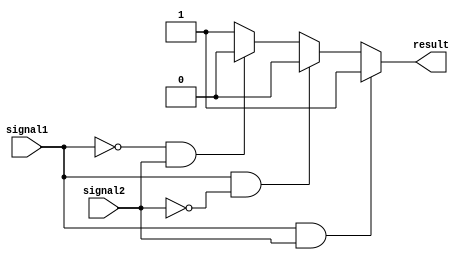
module ConditionalBehavior (
    input wire signal1,
    input wire signal2,
    output reg result
);

initial begin
    if (signal1 == 1 && signal2 == 1) begin
        result = 1;
    end else if (signal1 == 1 && signal2 == 0) begin
        result = 0;
    end else if (signal1 == 0 && signal2 == 1) begin
        result = 0;
    end else begin
        result = 1;
    end
end

endmodule